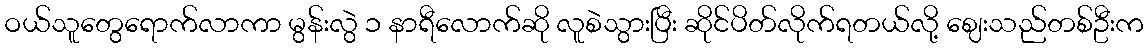
ဝယ်သူတွေရောက်လာကာ မွန်းလွဲ ၁ နာရီလောက်ဆို လူစဲသွားပြီး ဆိုင်ပိတ်လိုက်ရတယ်လို့ ဈေးသည်တစ်ဦးက